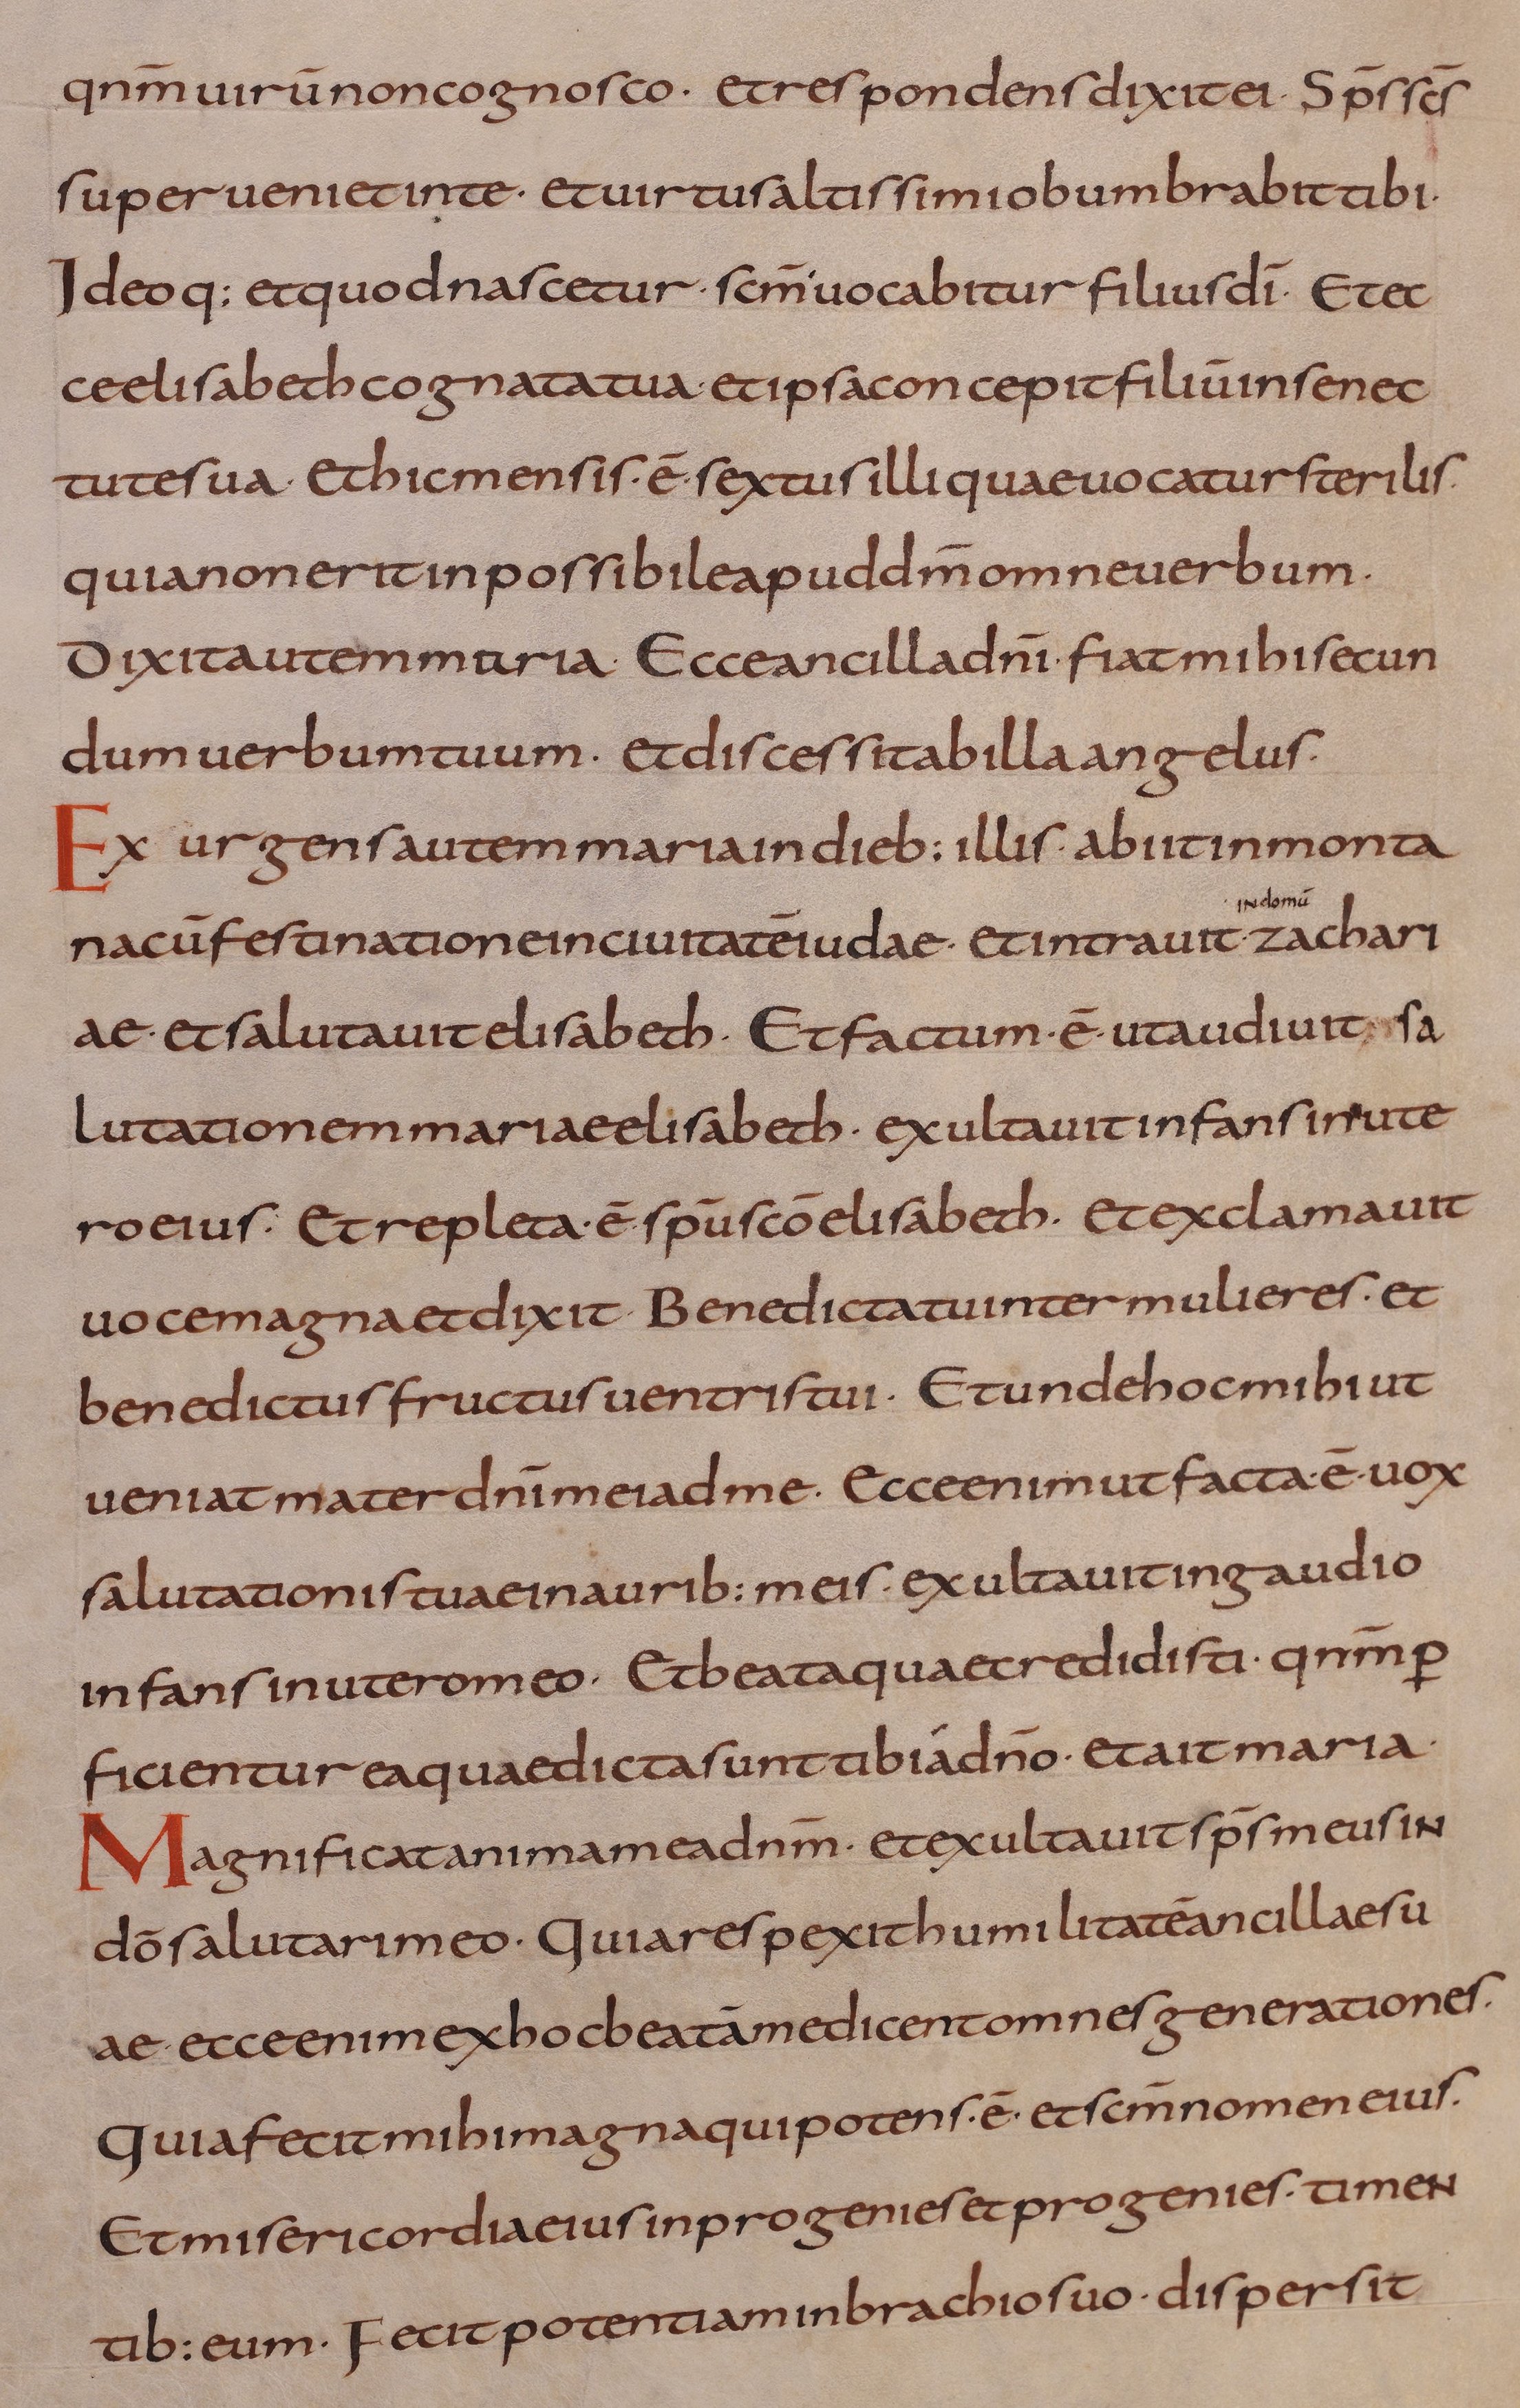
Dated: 800–899